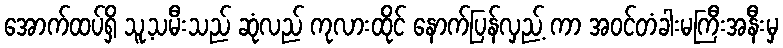
အောက်ထပ်ရှိ သူ့သမီးသည် ဆုံလည် ကုလားထိုင် နောက်ပြန်လှည့် ကာ အဝင်တံခါးမကြီးအနီးမှ